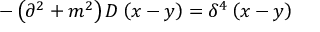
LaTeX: - \left( \partial ^ { 2 } + m ^ { 2 } \right) D \left( x - y \right) = \delta ^ { 4 } \left( x - y \right)